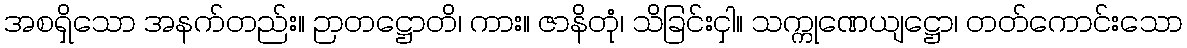
အစရှိသော အနက်တည်း။ ဉာတဋ္ဌောတိ၊ ကား။ ဇာနိတုံ၊ သိခြင်းငှါ။ သက္ကုဏေယျဋ္ဌော၊ တတ်ကောင်းသော